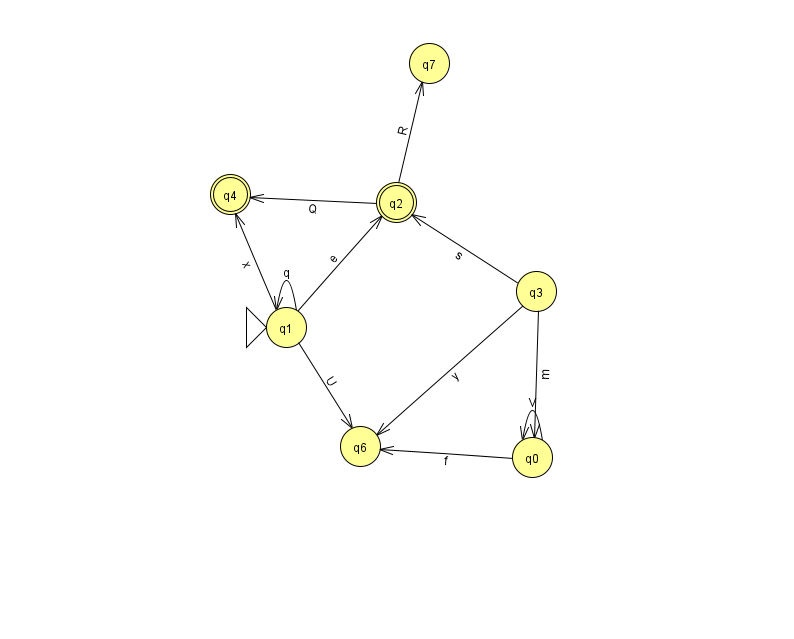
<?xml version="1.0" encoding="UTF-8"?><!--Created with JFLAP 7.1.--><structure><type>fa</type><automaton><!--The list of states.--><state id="0" name="q0"><x>532.0</x><y>444.0</y></state><state id="1" name="q1"><x>286.0</x><y>314.0</y><initial/></state><state id="2" name="q2"><x>396.0</x><y>189.0</y><final/></state><state id="3" name="q3"><x>536.0</x><y>278.0</y></state><state id="4" name="q4"><x>230.0</x><y>181.0</y><final/></state><state id="6" name="q6"><x>360.0</x><y>433.0</y></state><state id="7" name="q7"><x>429.0</x><y>50.0</y></state><!--The list of transitions.--><transition><from>2</from><to>7</to><read>R</read></transition><transition><from>3</from><to>2</to><read>s</read></transition><transition><from>1</from><to>1</to><read>q</read></transition><transition><from>1</from><to>4</to><read>x</read></transition><transition><from>3</from><to>6</to><read>y</read></transition><transition><from>0</from><to>0</to><read>V</read></transition><transition><from>1</from><to>2</to><read>e</read></transition><transition><from>2</from><to>4</to><read>Q</read></transition><transition><from>3</from><to>0</to><read>m</read></transition><transition><from>0</from><to>6</to><read>f</read></transition><transition><from>1</from><to>6</to><read>U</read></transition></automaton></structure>